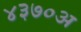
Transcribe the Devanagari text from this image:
४३७०अ